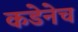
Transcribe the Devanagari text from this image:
कडेनेच